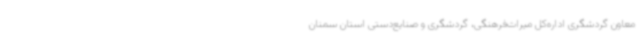
معاون گردشگری اداره‌کل میراث‌فرهنگی، گردشگری و صنایع‌دستی استان سمنان